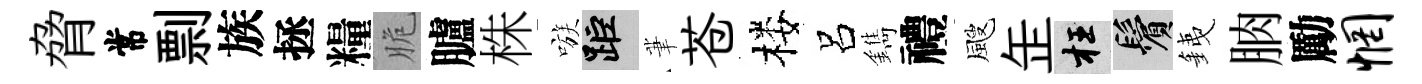
脅常剽族拯糧脆臚株嗾距茟苍楼呂鐫禮颼𦈢枉鬢銕朒勵惘